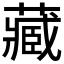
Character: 藏